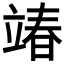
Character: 𮄵